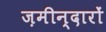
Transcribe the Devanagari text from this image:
ज़मीन्दारों